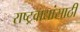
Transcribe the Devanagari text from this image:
राष्ट्रवाद्यांसाठी